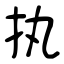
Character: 执